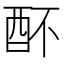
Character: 𨟷